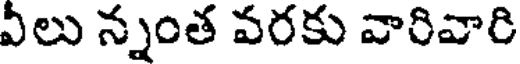
వీలు న్నంత వరకు వారివారి